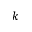
k